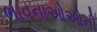
ભાવનાઓઓની